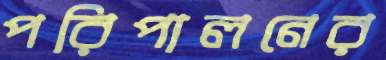
পরিপালনের